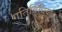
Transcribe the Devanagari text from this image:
गतिविधियां।